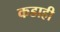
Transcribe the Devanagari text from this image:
कडाही